Indian journal of veterinary science and animal husbandry - Volume 7,
Year: 1937
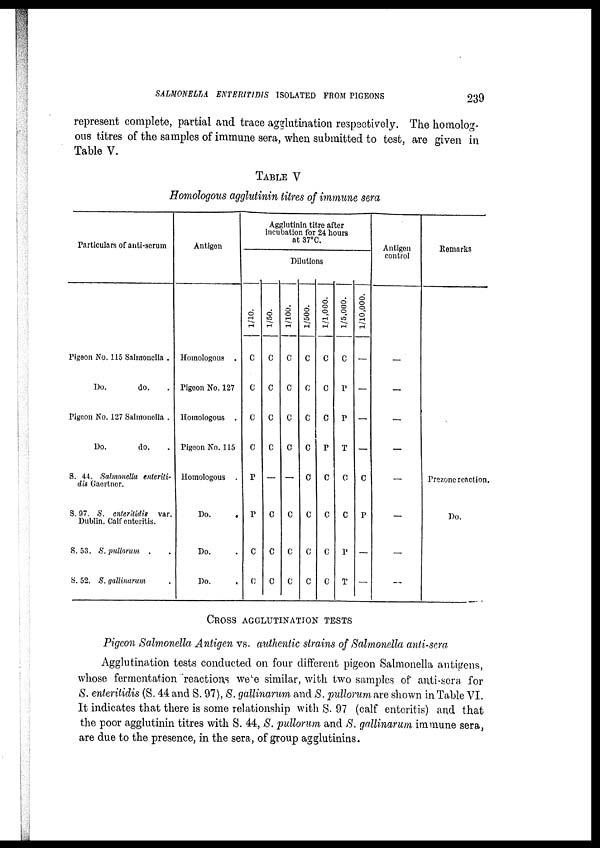
SALMONELLA ENTERITIDIS ISOLATED FROM PIGEONS
239
represent complete, partial and trace agglutination respectively. The homolog-
ous titres of the samples of immune sera, when submitted to test, are given in
Table V.
TABLE V
Homologous agglutinin titres of immune sera
Particulars of anti-serum
Pigeon No. 115 Salmonella .
Do.
do. .
Pigeon No. 127 Salmonella .
Do.
do. .
S. 44. Salmonella enteriti-
dis Gaertner.
S. 97. S. entertidis var.
Dublin. Calf enteritis.
S. 53. S. pullorum . .
S. 52. S. gallinarum .
Antigen
Homologous .
Pigeon No. 127
Homologous .
Pigeon No. 115
Homologous .
Do. .
Do. .
Do. .
Agglutinin titre after
incubation for 24 hours
at 37°C.
Dilutions
1/10.
C
C
C
C
P
P
C
C
1/50.
C
C
C
C
—
C
C
C
1/100.
C
C
C
C
—
C
C
C
1/500.
C
C
C
C
C
C
C
C
1/1,000.
C
C
C
P
C
C
C
C
1/5,000.
C
P
P
T
C
C
P
T
1/10,000.
—
—
—
—
C
P
—
—
Antigen
control
—
—
—
—
—
—
—
—
Remarks
Prezone reaction.
Do.
CROSS AGGLUTINATION TESTS
Pigeon Salmonella Antigen vs. authentic strains of Salmonella anti-sera
Agglutination tests conducted on four different pigeon Salmonella antigens,
whose fermentation reactions were similar, with two samples of anti-sera for
S. enteritidis (S. 44 and S. 97), S. gallinarum and S. pullorum are shown in Table VI.
It indicates that there is some relationship with S. 97 (calf enteritis) and that
the poor agglutinin titres with S. 44, S. pullorum and S. gallinarum immune sera,
are due to the presence, in the sera, of group agglutinins.